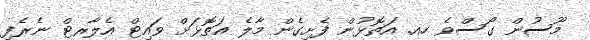
މޫސުން ގޯސްވެ ހއ. އަތޮޅުން ފެށިގެން މާލެ އަތޮޅަށް ވައިޓް އެލާރޓް ނެރެފި